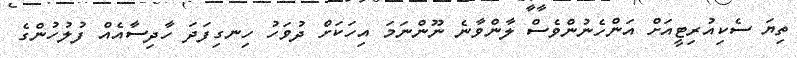
ތިޔަ ސެކިއުރިޓީއަށް އަންހެނުންވެސް ލާންވާނެ ނޫންނަމަ އިހަކަށް ދުވަހު ހިނގިފަދަ ހާދިސާއެއް ފުލުހުންގެ